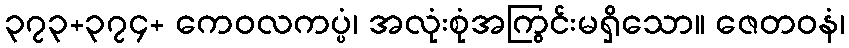
၃၇၃+၃၇၄+ ကေဝလကပ္ပံ၊ အလုံးစုံအကြွင်းမရှိသော။ ဇေတဝနံ၊